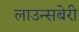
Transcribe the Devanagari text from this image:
लाउन्सबेरी